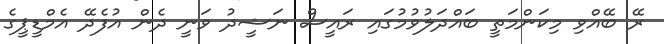
ރޭ ބޭއްވި މިކަންމަތީ ބައްދަލުވުމުގައި ރައީސް ނަޝީދު ވަނީ ދެން އުފެދޭ އެމްޑީޕީގެ